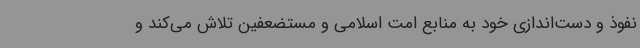
نفوذ و دست‌اندازی خود به منابع امت اسلامی و مستضعفین تلاش می‌کند و